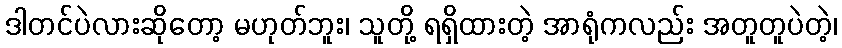
ဒါတင်ပဲလားဆိုတော့ မဟုတ်ဘူး၊ သူတို့ ရရှိထားတဲ့ အာရုံကလည်း အတူတူပဲတဲ့၊